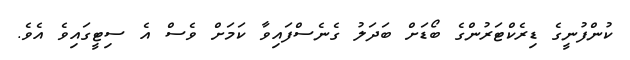
ކުންފުނީގެ ޑިރެކްޓަރުންގެ ބޯޑަށް ބަދަލު ގެނެސްފައިވާ ކަމަށް ވެސް އެ ސިޓީގައިވެ އެވެ.